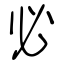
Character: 必